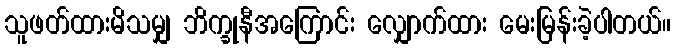
သူဖတ်ထားမိသမျှ ဘိက္ခုနီအကြောင်း လျှောက်ထား မေးမြန်းခဲ့ပါတယ်။